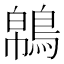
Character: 𪁼